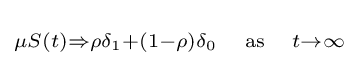
\scriptstyle \mu S(t)\Rightarrow \rho \delta _{1}+(1-\rho )\delta _{0}\quad {\text{as}}\quad t\to \infty